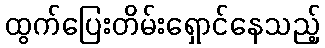
ထွက်ပြေးတိမ်းရှောင်နေသည့်